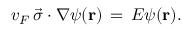
v _ { F } \, { \vec { \sigma } } \cdot \nabla \psi ( \mathbf { r } ) \, = \, E \psi ( \mathbf { r } ) .